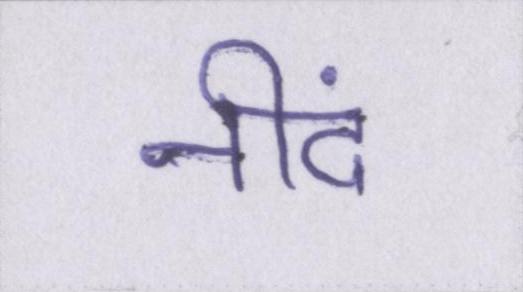
नीदं